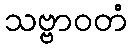
သဗ္ဗာဝတံ